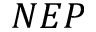
N E P